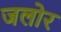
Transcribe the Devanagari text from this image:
जलोर